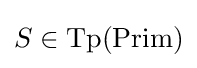
S\in {\text{Tp}}({\text{Prim}})